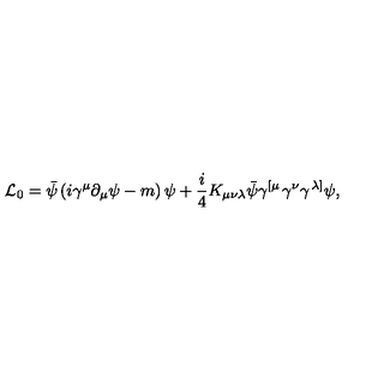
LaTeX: { \cal L } _ { 0 } = \bar { \psi } \left( i \gamma ^ { \mu } \partial _ { \mu } \psi - m \right) \psi + \frac { i } { 4 } K _ { \mu \nu \lambda } \bar { \psi } \gamma ^ { \left[ \mu \right. } \gamma ^ { \nu } \gamma ^ { \left. \lambda \right] } \psi ,